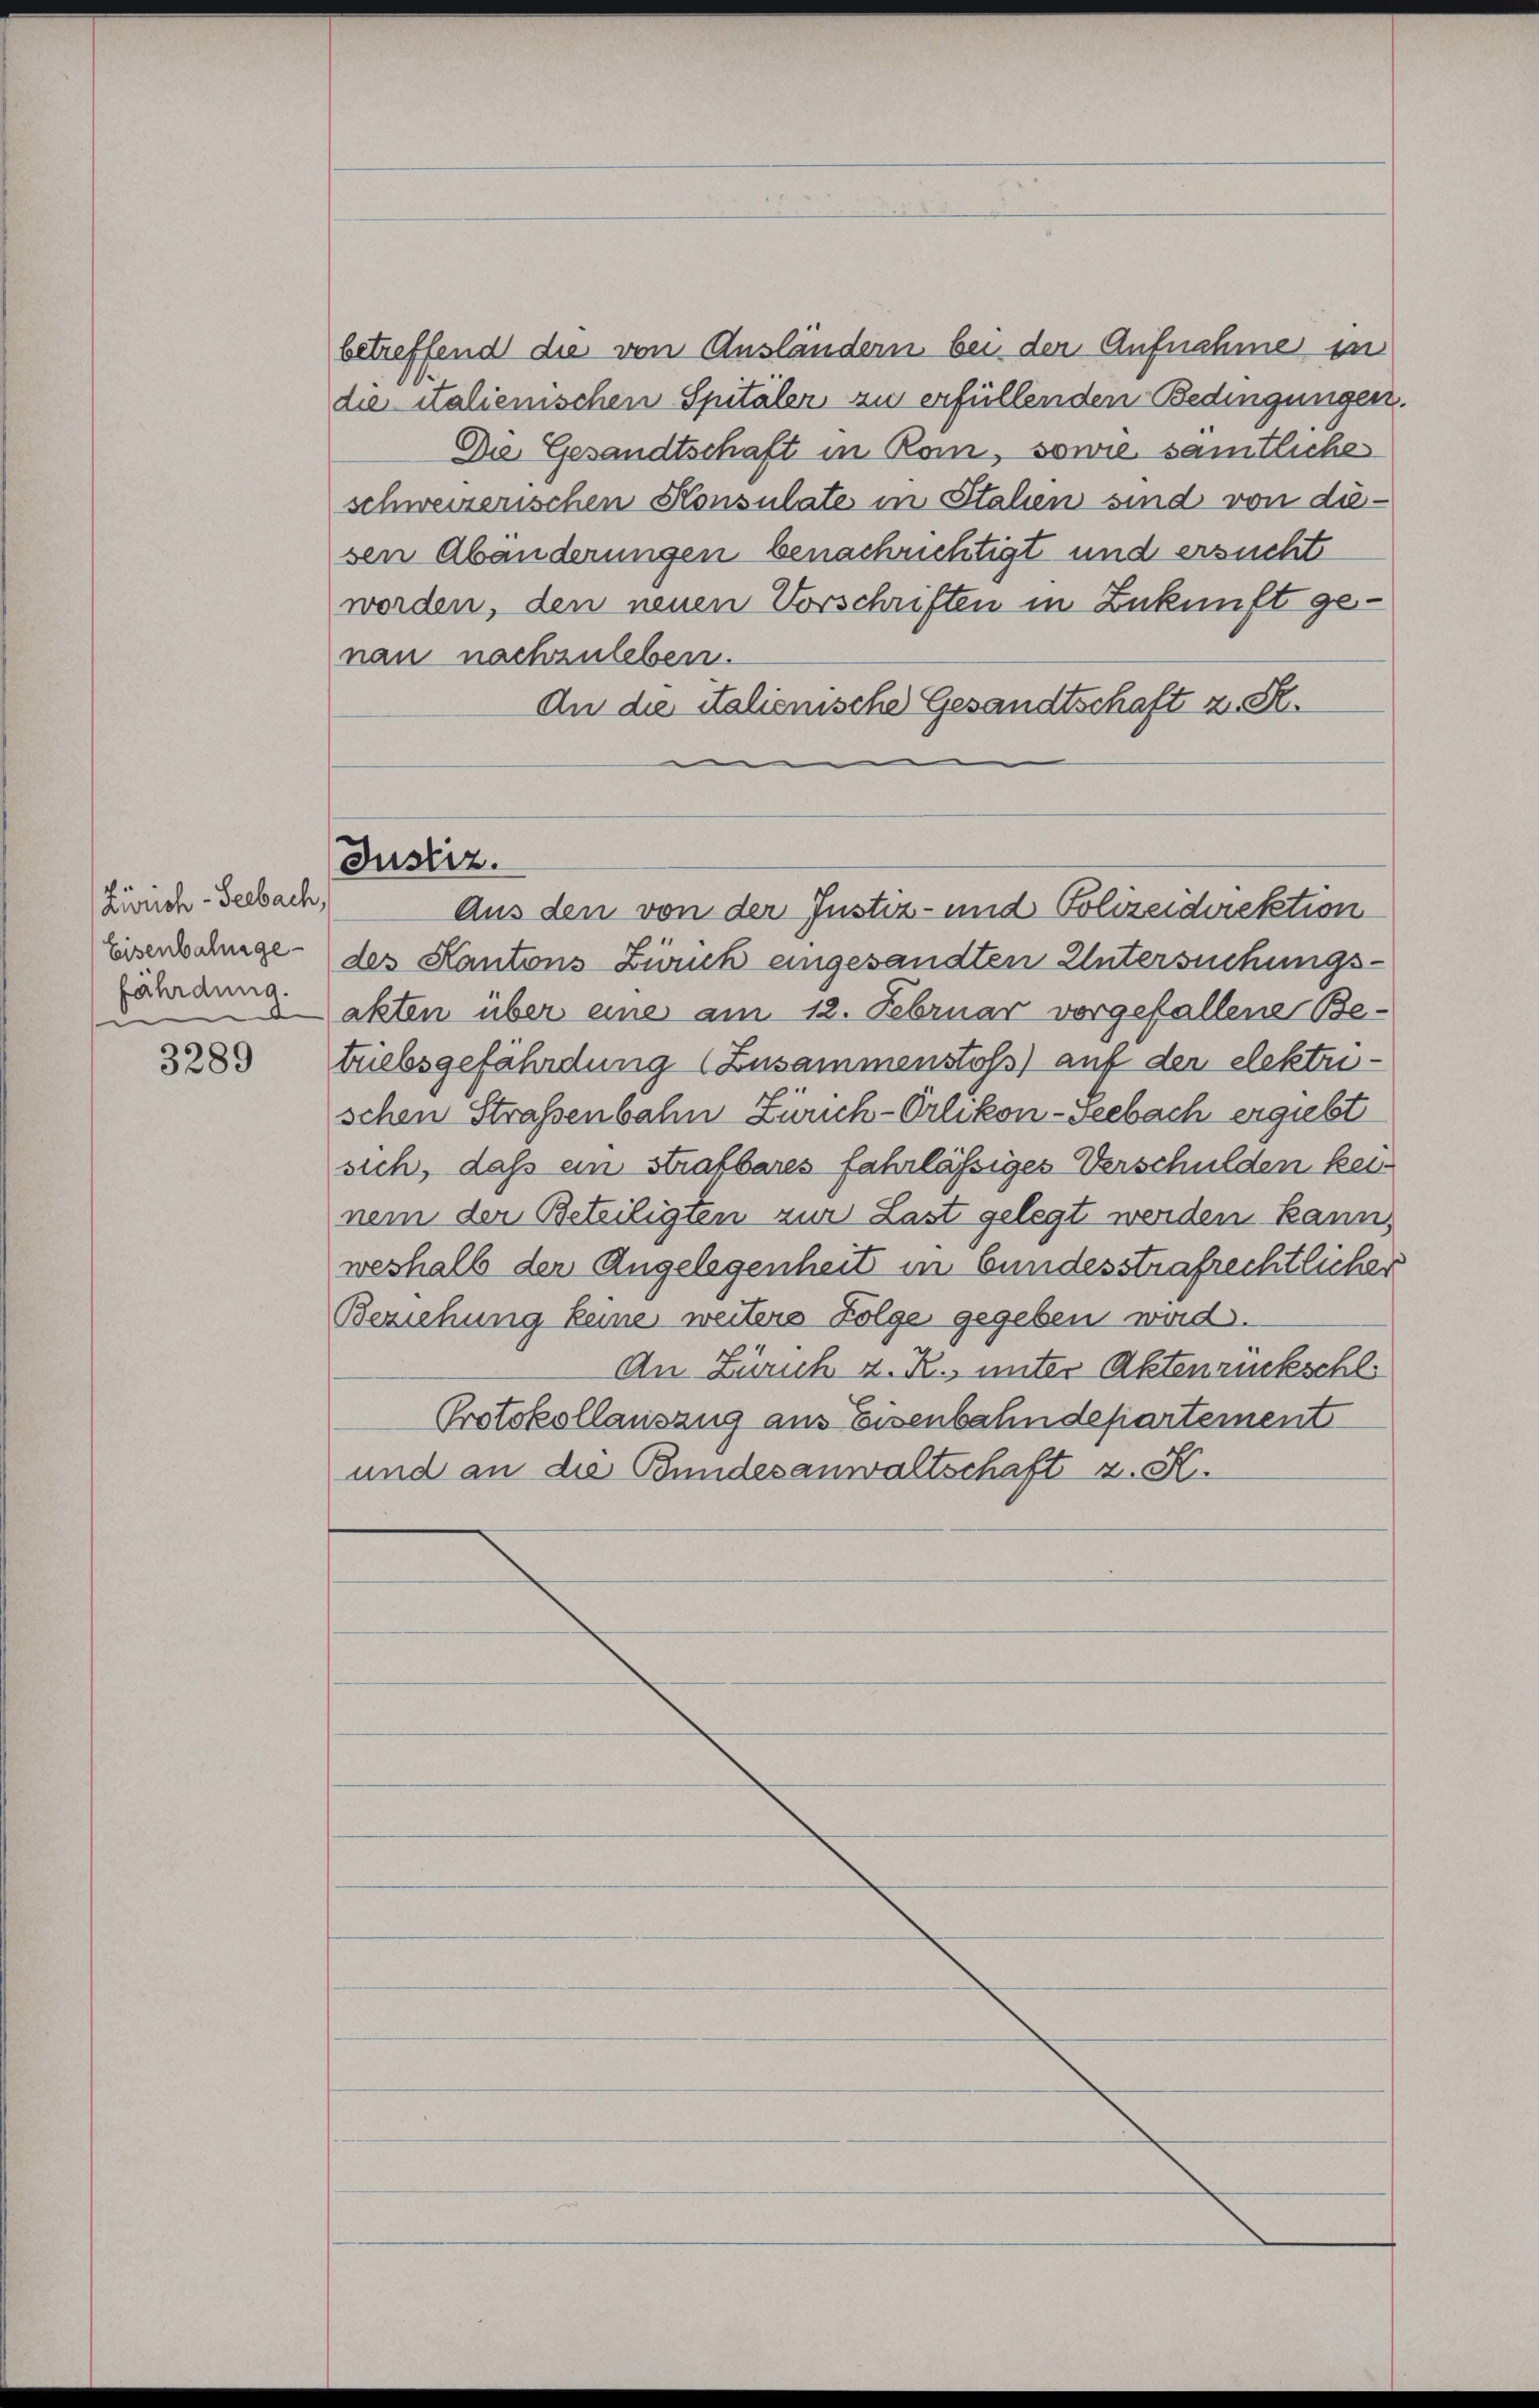
Zürich-Seebach,
Eisenbahngefährdung.

3289

betreffend die von Ausländern bei der Aufnahme in
die italienischen Spitäler zu erfüllenden Bedingungen.
Die Gesandtschaft in Rom, sowie sämtliche
schweizerischen Konsulate in Stalien sind von diesen Abänderungen benachrichtigt und ersucht
worden, den neuen Vorschriften in Zukunft genau nachzuleben.
An die italienische Gesandtschaft z. St.

des Kantons Ziruck eingesandten Untersuchungsakten über eine am 12. Februar vorgefallene Betriebsgefährdung (Zusammenstoß) auf der elektrischen Straßenbahn Zürich-Orlikon-Seebach ergiebt
sich, daß ein strafbares fahrlässiges Verschulden keinem der Beteiligten zur Last gelegt werden kann,
weshalb der Angelegenheit in bundesstrafrechtlicher
Beziehung keine weitere Folge gegeben wird.
An Zürich z. R., unter Aktenrückschli
Protokollauszug aus Eisenbahndepartement
und an die Bundesanwaltschaft z. K.

Justiz.
Aus den von der Justiz- und Polizeidviektion